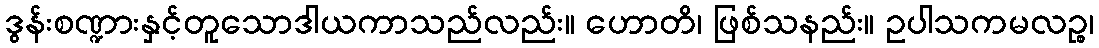
ဒွန်းစဏ္ဍားနှင့်တူသောဒါယကာသည်လည်း။ ဟောတိ၊ ဖြစ်သနည်း။ ဥပါသကမလဉ္စ၊